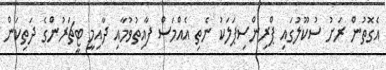
އެގޮތުން ރަށު ސުކޫލުގައި ޕްރިންސިޕަލަކު ނެތި އެއްމަސް ފާއިތުވުމާއި ދާއިމީ ޓީޗަރުންގެ ދަތިކަން